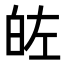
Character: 𭽐